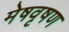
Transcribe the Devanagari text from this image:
मेषवृषण